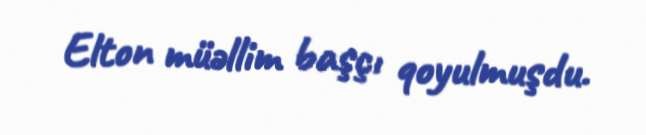
Elton müəllim başçı qoyulmuşdu.